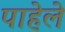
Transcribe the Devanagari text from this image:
पाहेले